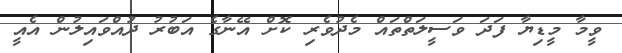
ވީމާ މީޑިޔާ ފަދަ ވަސީލަތްތައް މެދުވެރި ކޮށް އޭނާގެ އަބުރު ދުއްވައިލުން އެއީ